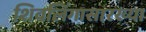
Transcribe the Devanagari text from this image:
शिवलिंगासारख्या